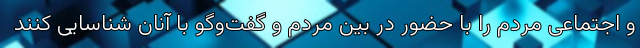
و اجتماعی مردم را با حضور در بین مردم و گفت‌وگو با آنان شناسایی کنند